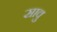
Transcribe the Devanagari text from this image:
सावु